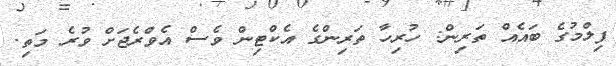
ފިލްމުގެ ބައެއް ތަރިން: ހުރިހާ ތަރިންގެ އެކްޓިން ވެސް އެވްރެޖަށް ވުރެ މަތި.